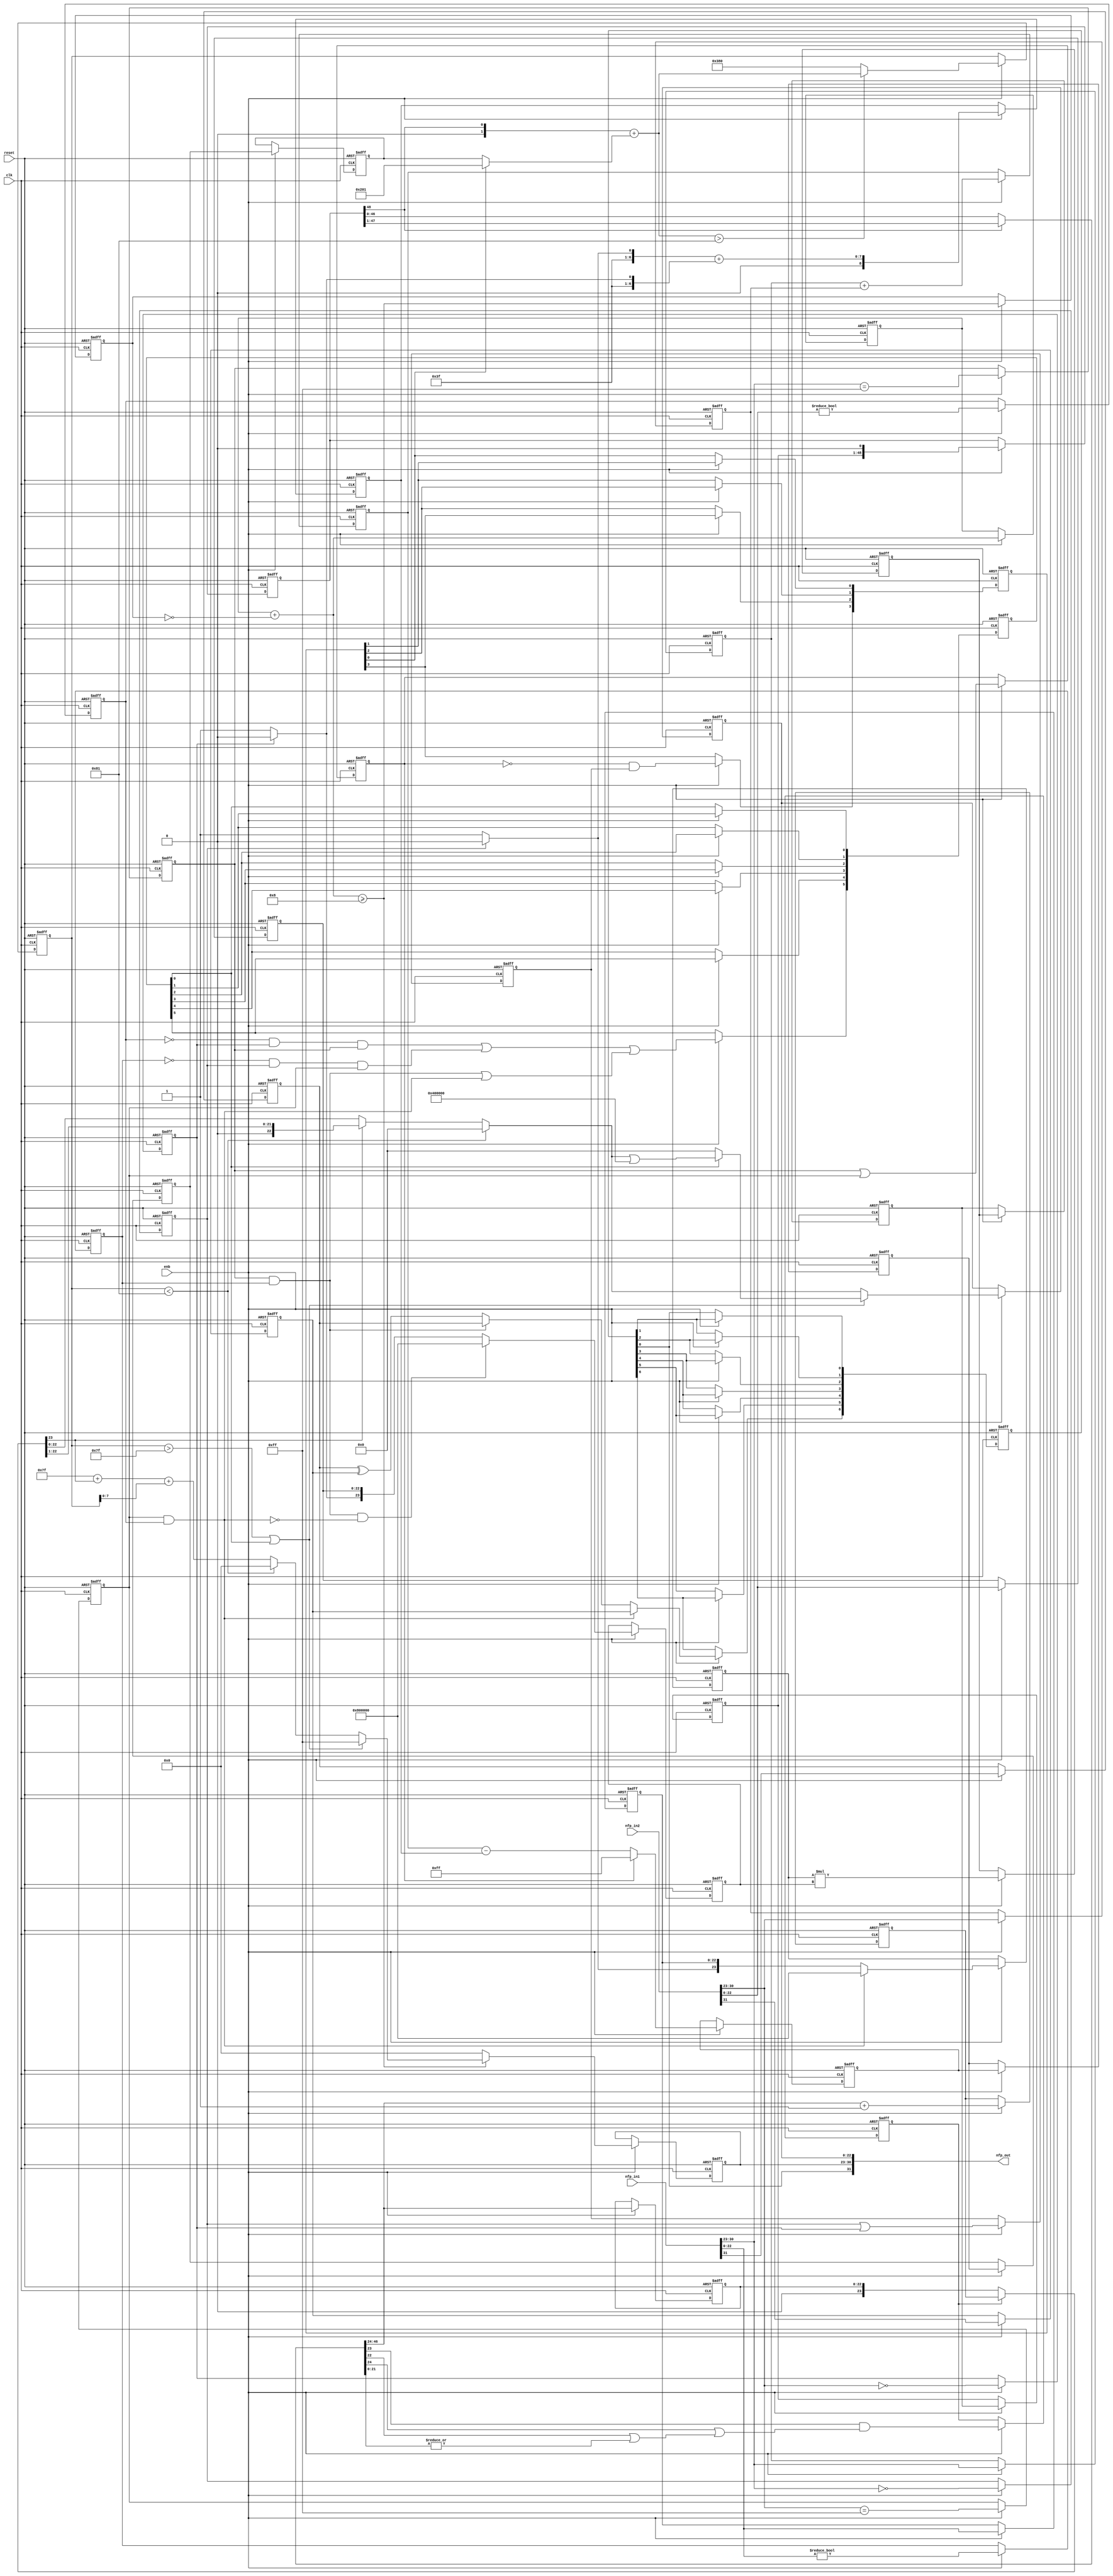
// -------------------------------------------------------------
// 
// 
// Generated by MATLAB 9.12 and HDL Coder 3.20
// 
// -------------------------------------------------------------


// -------------------------------------------------------------
// 
// Module: nfp_mul_single
// Source Path: lab2_floatp/comp_floatpoint/nfp_mul_single
// Hierarchy Level: 1
// 
// {Latency Strategy = "Max", Denormal Handling = "off"}
// {Mantissa Multiply Strategy = "FullMultiplier"}
// 
// -------------------------------------------------------------

`timescale 1 ns / 1 ns

module nfp_mul_single
          (clk,
           reset,
           enb,
           nfp_in1,
           nfp_in2,
           nfp_out);


  input   clk;
  input   reset;
  input   enb;
  input   [31:0] nfp_in1;  // ufix32
  input   [31:0] nfp_in2;  // ufix32
  output  [31:0] nfp_out;  // ufix32


  wire BS;  // ufix1
  wire [7:0] BE;  // ufix8
  wire [22:0] BM;  // ufix23
  wire Compare_To_Constant1_out1;
  reg  Delay16_out1;
  wire Compare_To_Zero3_out1;
  reg  Delay14_out1;
  wire Logical_Operator1_out1;
  wire AS;  // ufix1
  wire [7:0] AE;  // ufix8
  wire [22:0] AM;  // ufix23
  wire Compare_To_Constant_out1;
  reg  Delay21_out1;
  wire Compare_To_Zero2_out1;
  reg  Delay19_out1;
  wire Logical_Operator_out1;
  reg  Delay3_out1;
  reg  Delay7_out1;
  wire Logical_Operator_out1_1;
  wire Switch_out1;
  wire Switch1_out1;
  reg  [0:6] Delay_reg;  // ufix1 [7]
  wire [0:6] Delay_reg_next;  // ufix1 [7]
  wire Delay_out1;
  wire Constant8_out1;  // ufix1
  wire [7:0] Constant7_out1;  // uint8
  wire Relational_Operator_relop1;
  reg  Delay4_out1;
  wire Logical_Operator2_out1;
  wire Logical_Operator_out1_2;  // ufix1
  wire [7:0] Add_out1;  // uint8
  reg [7:0] Delay3_out1_1;  // uint8
  wire [7:0] Add_1;  // ufix8
  wire [7:0] Constant6_out1;  // uint8
  wire Compare_To_Zero_out1;
  reg  Delay23_out1;
  wire Constant1_out1;  // ufix1
  wire Constant_out1;  // ufix1
  wire Switch1_out1_1;  // ufix1
  reg [22:0] Delay6_out1;  // ufix23
  wire [23:0] Bit_Concat_out1;  // ufix24
  wire [23:0] Constant5_out1;  // ufix24
  wire [23:0] Switch_out1_1;  // ufix24
  reg [23:0] Delay2_out1;  // ufix24
  wire Logical_Operator3_out1;
  wire Compare_To_Zero1_out1;
  reg  Delay20_out1;
  wire Constant3_out1;  // ufix1
  wire Constant2_out1;  // ufix1
  wire Switch2_out1;  // ufix1
  wire Logical_Operator_out1_3;
  reg [22:0] Delay8_out1;  // ufix23
  wire [23:0] Bit_Concat1_out1;  // ufix24
  wire [23:0] Constant4_out1;  // ufix24
  wire [23:0] Switch3_out1;  // ufix24
  reg [23:0] Delay1_out1;  // ufix24
  wire [47:0] Product_out1;  // ufix48
  reg [47:0] Delay4_reg [0:2];  // ufix48 [3]
  wire [47:0] Delay4_reg_next [0:2];  // ufix48 [3]
  wire [47:0] Delay4_out1_1;  // ufix48
  wire Constant1_out1_1;
  wire [48:0] Bit_Concat_out1_1;  // ufix49
  reg [48:0] Delay3_out1_2;  // ufix49
  wire Bit_Slice1_out1;  // ufix1
  wire Logical_Operator1_out1_1;
  reg  Delay3_out1_3;
  wire Logical_Operator3_out1_1;
  wire Logical_Operator_out1_4;
  reg  Delay1_out1_1;
  wire Logical_Operator2_out1_1;
  reg  [0:3] Delay8_reg;  // ufix1 [4]
  wire [0:3] Delay8_reg_next;  // ufix1 [4]
  wire Delay8_out1_1;
  reg [7:0] Delay4_out1_2;  // uint8
  reg [7:0] Delay5_out1;  // uint8
  wire [31:0] Subtract_add_temp;  // ufix32
  wire [31:0] Subtract_1;  // ufix32
  wire [31:0] Subtract_2;  // ufix32
  wire [8:0] Subtract_out1;  // ufix9
  reg [8:0] Delay_out1_1;  // ufix9
  wire [6:0] Constant2_out1_1;  // ufix7
  wire Constant1_out1_2;
  wire Constant3_out1_1;
  wire Switch_out1_2;
  wire [7:0] Bit_Concat1_out1_1;  // uint8
  wire Switch1_out1_2;
  wire [7:0] Bit_Concat_out1_2;  // uint8
  wire [31:0] Add1_add_temp;  // ufix32
  wire [31:0] Add1_1;  // ufix32
  wire [31:0] Add1_2;  // ufix32
  wire [8:0] Add1_out1;  // ufix9
  reg [8:0] Delay2_out1_1;  // ufix9
  wire signed [31:0] Subtract2_sub_temp;  // sfix32
  wire signed [31:0] Subtract2_1;  // sfix32
  wire signed [31:0] Subtract2_2;  // sfix32
  wire signed [9:0] Subtract2_out1;  // sfix10
  wire signed [9:0] Constant4_out1_1;  // sfix10
  wire signed [9:0] Switch2_out1_1;  // sfix10
  reg signed [9:0] Delay4_reg_1 [0:3];  // sfix10 [4]
  wire signed [9:0] Delay4_reg_next_1 [0:3];  // sfix10 [4]
  wire signed [9:0] Delay4_out1_3;  // sfix10
  wire signed [9:0] Constant_out1_1;  // sfix10
  wire signed [9:0] Switch1_out1_3;  // sfix10
  wire signed [31:0] Add_add_temp;  // sfix32
  wire signed [31:0] Add_3;  // sfix32
  wire signed [31:0] Add_4;  // sfix32
  wire signed [9:0] Add_out1_1;  // sfix10
  wire Compare_To_Constant_out1_1;
  wire signed [9:0] Constant1_out1_3;  // sfix10
  wire signed [9:0] Switch2_out1_2;  // sfix10
  reg signed [9:0] Delay18_out1;  // sfix10
  wire Compare_To_Constant1_out1_1;
  wire Logical_Operator1_out1_2;
  wire Logical_Operator4_out1;
  wire Logical_Operator7_out1;
  wire Logical_Operator5_out1;
  wire Logical_Operator6_out1;
  wire Logical_Operator8_out1;
  wire Inf_Zero_out1;
  wire Logical_Operator2_out1_2;
  wire Logical_Operator10_out1;
  reg  [0:5] Delay13_reg;  // ufix1 [6]
  wire [0:5] Delay13_reg_next;  // ufix1 [6]
  wire Delay13_out1;
  wire Logical_Operator_out1_5;
  wire Compare_To_Constant_out1_2;
  wire [7:0] Constant1_out1_4;  // uint8
  wire [48:0] Bit_Shift_out1;  // ufix49
  wire [48:0] Switch_out1_3;  // ufix49
  wire [47:0] Bit_Slice_out1;  // ufix48
  wire [1:0] Bit_Slice2_out1;  // ufix2
  wire Bit_Slice4_out1;  // ufix1
  wire [21:0] Bit_Slice1_out1_1;  // ufix22
  wire Bit_Reduce_out1;  // ufix1
  wire Bit_Slice5_out1;  // ufix1
  wire Bit_Slice3_out1;  // ufix1
  wire Logical_Operator1_out1_3;
  wire Logical_Operator_out1_6;
  wire [22:0] Bit_Slice1_out1_2;  // ufix23
  reg  Delay1_out1_2;
  reg [22:0] Delay2_out1_2;  // ufix23
  wire [23:0] Delay2_out1_dtc;  // ufix24
  wire Constant_out1_2;
  wire [31:0] Add_add_temp_1;  // ufix32
  wire [31:0] Add_6;  // ufix32
  wire [31:0] Add_7;  // ufix32
  wire [23:0] Add_out1_2;  // ufix24
  reg [23:0] Delay_out1_2;  // ufix24
  wire [23:0] Switch_out1_4;  // ufix24
  wire Bit_Slice2_out1_1;  // ufix1
  wire [31:0] Add1_add_temp_1;  // ufix32
  wire [31:0] Add1_4;  // ufix32
  wire [31:0] Add1_5;  // ufix32
  wire [7:0] Add1_out1_1;  // uint8
  wire signed [31:0] Add_add_temp_2;  // sfix32
  wire signed [31:0] Add_9;  // sfix32
  wire signed [31:0] Add_10;  // sfix32
  wire [7:0] Add_out1_3;  // uint8
  wire [7:0] Constant1_out1_5;  // uint8
  wire [7:0] Switch1_out1_4;  // uint8
  wire [7:0] Constant4_out1_2;  // uint8
  wire [7:0] Switch4_out1;  // uint8
  wire [7:0] Switch6_out1;  // uint8
  reg [7:0] Delay1_out1_3;  // uint8
  wire [22:0] Bit_Slice4_out1_1;  // ufix23
  wire [22:0] Bit_Shift_out1_1;  // ufix23
  wire [22:0] Switch1_out1_5;  // ufix23
  wire [22:0] Constant2_out1_2;  // ufix23
  wire [22:0] Switch2_out1_3;  // ufix23
  wire [22:0] Constant5_out1_1;  // ufix23
  wire [22:0] Bit_Set_out1;  // ufix23
  wire [22:0] Switch7_out1;  // ufix23
  wire [22:0] Switch5_out1;  // ufix23
  reg [22:0] Delay2_out1_3;  // ufix23
  wire [31:0] nfp_out_pack;  // ufix32


  // Split 32 bit word into FP sign, exponent, mantissa
  assign BS = nfp_in2[31];
  assign BE = nfp_in2[30:23];
  assign BM = nfp_in2[22:0];



  assign Compare_To_Constant1_out1 = BE == 8'b11111111;



  always @(posedge clk or posedge reset)
    begin : Delay16_process
      if (reset == 1'b1) begin
        Delay16_out1 <= 1'b0;
      end
      else begin
        if (enb) begin
          Delay16_out1 <= Compare_To_Constant1_out1;
        end
      end
    end



  assign Compare_To_Zero3_out1 = BM != 23'b00000000000000000000000;



  always @(posedge clk or posedge reset)
    begin : Delay14_process
      if (reset == 1'b1) begin
        Delay14_out1 <= 1'b0;
      end
      else begin
        if (enb) begin
          Delay14_out1 <= Compare_To_Zero3_out1;
        end
      end
    end



  assign Logical_Operator1_out1 = Delay16_out1 & Delay14_out1;



  // Split 32 bit word into FP sign, exponent, mantissa
  assign AS = nfp_in1[31];
  assign AE = nfp_in1[30:23];
  assign AM = nfp_in1[22:0];



  assign Compare_To_Constant_out1 = AE == 8'b11111111;



  always @(posedge clk or posedge reset)
    begin : Delay21_process
      if (reset == 1'b1) begin
        Delay21_out1 <= 1'b0;
      end
      else begin
        if (enb) begin
          Delay21_out1 <= Compare_To_Constant_out1;
        end
      end
    end



  assign Compare_To_Zero2_out1 = AM != 23'b00000000000000000000000;



  always @(posedge clk or posedge reset)
    begin : Delay19_process
      if (reset == 1'b1) begin
        Delay19_out1 <= 1'b0;
      end
      else begin
        if (enb) begin
          Delay19_out1 <= Compare_To_Zero2_out1;
        end
      end
    end



  assign Logical_Operator_out1 = Delay21_out1 & Delay19_out1;



  always @(posedge clk or posedge reset)
    begin : Delay3_process
      if (reset == 1'b1) begin
        Delay3_out1 <= 1'b0;
      end
      else begin
        if (enb) begin
          Delay3_out1 <= AS;
        end
      end
    end



  always @(posedge clk or posedge reset)
    begin : Delay7_process
      if (reset == 1'b1) begin
        Delay7_out1 <= 1'b0;
      end
      else begin
        if (enb) begin
          Delay7_out1 <= BS;
        end
      end
    end



  assign Logical_Operator_out1_1 = Delay3_out1 ^ Delay7_out1;



  assign Switch_out1 = (Logical_Operator_out1 == 1'b0 ? Logical_Operator_out1_1 :
              Delay3_out1);



  assign Switch1_out1 = (Logical_Operator1_out1 == 1'b0 ? Switch_out1 :
              Delay7_out1);



  always @(posedge clk or posedge reset)
    begin : Delay_process
      if (reset == 1'b1) begin
        Delay_reg[0] <= 1'b0;
        Delay_reg[1] <= 1'b0;
        Delay_reg[2] <= 1'b0;
        Delay_reg[3] <= 1'b0;
        Delay_reg[4] <= 1'b0;
        Delay_reg[5] <= 1'b0;
        Delay_reg[6] <= 1'b0;
      end
      else begin
        if (enb) begin
          Delay_reg[0] <= Delay_reg_next[0];
          Delay_reg[1] <= Delay_reg_next[1];
          Delay_reg[2] <= Delay_reg_next[2];
          Delay_reg[3] <= Delay_reg_next[3];
          Delay_reg[4] <= Delay_reg_next[4];
          Delay_reg[5] <= Delay_reg_next[5];
          Delay_reg[6] <= Delay_reg_next[6];
        end
      end
    end

  assign Delay_out1 = Delay_reg[6];
  assign Delay_reg_next[0] = Switch1_out1;
  assign Delay_reg_next[1] = Delay_reg[0];
  assign Delay_reg_next[2] = Delay_reg[1];
  assign Delay_reg_next[3] = Delay_reg[2];
  assign Delay_reg_next[4] = Delay_reg[3];
  assign Delay_reg_next[5] = Delay_reg[4];
  assign Delay_reg_next[6] = Delay_reg[5];



  assign Constant8_out1 = 1'b1;



  assign Constant7_out1 = 8'b00001000;



  always @(posedge clk or posedge reset)
    begin : Delay4_process
      if (reset == 1'b1) begin
        Delay4_out1 <= 1'b0;
      end
      else begin
        if (enb) begin
          Delay4_out1 <= Relational_Operator_relop1;
        end
      end
    end



  assign Logical_Operator2_out1 =  ~ Delay4_out1;



  assign Logical_Operator_out1_2 = Constant8_out1 & Logical_Operator2_out1;



  always @(posedge clk or posedge reset)
    begin : Delay3_1_process
      if (reset == 1'b1) begin
        Delay3_out1_1 <= 8'b00000000;
      end
      else begin
        if (enb) begin
          Delay3_out1_1 <= Add_out1;
        end
      end
    end



  assign Add_1 = {7'b0, Logical_Operator_out1_2};
  assign Add_out1 = Delay3_out1_1 + Add_1;



  assign Relational_Operator_relop1 = Add_out1 >= Constant7_out1;



  assign Constant6_out1 = 8'b00000000;



  assign Compare_To_Zero_out1 = AE == 8'b00000000;



  always @(posedge clk or posedge reset)
    begin : Delay23_process
      if (reset == 1'b1) begin
        Delay23_out1 <= 1'b0;
      end
      else begin
        if (enb) begin
          Delay23_out1 <= Compare_To_Zero_out1;
        end
      end
    end



  assign Constant1_out1 = 1'b1;



  assign Constant_out1 = 1'b0;



  assign Switch1_out1_1 = (Delay23_out1 == 1'b0 ? Constant1_out1 :
              Constant_out1);



  always @(posedge clk or posedge reset)
    begin : Delay6_process
      if (reset == 1'b1) begin
        Delay6_out1 <= 23'b00000000000000000000000;
      end
      else begin
        if (enb) begin
          Delay6_out1 <= AM;
        end
      end
    end



  assign Bit_Concat_out1 = {Switch1_out1_1, Delay6_out1};



  assign Constant5_out1 = 24'b100000000000000000000000;



  assign Switch_out1_1 = (Logical_Operator1_out1 == 1'b0 ? Bit_Concat_out1 :
              Constant5_out1);



  always @(posedge clk or posedge reset)
    begin : Delay2_process
      if (reset == 1'b1) begin
        Delay2_out1 <= 24'b000000000000000000000000;
      end
      else begin
        if (enb) begin
          Delay2_out1 <= Switch_out1_1;
        end
      end
    end



  assign Logical_Operator3_out1 =  ~ Logical_Operator1_out1;



  assign Compare_To_Zero1_out1 = BE == 8'b00000000;



  always @(posedge clk or posedge reset)
    begin : Delay20_process
      if (reset == 1'b1) begin
        Delay20_out1 <= 1'b0;
      end
      else begin
        if (enb) begin
          Delay20_out1 <= Compare_To_Zero1_out1;
        end
      end
    end



  assign Constant3_out1 = 1'b1;



  assign Constant2_out1 = 1'b0;



  assign Switch2_out1 = (Delay20_out1 == 1'b0 ? Constant3_out1 :
              Constant2_out1);



  assign Logical_Operator_out1_3 = Logical_Operator_out1 & Logical_Operator3_out1;



  always @(posedge clk or posedge reset)
    begin : Delay8_process
      if (reset == 1'b1) begin
        Delay8_out1 <= 23'b00000000000000000000000;
      end
      else begin
        if (enb) begin
          Delay8_out1 <= BM;
        end
      end
    end



  assign Bit_Concat1_out1 = {Switch2_out1, Delay8_out1};



  assign Constant4_out1 = 24'b100000000000000000000000;



  assign Switch3_out1 = (Logical_Operator_out1_3 == 1'b0 ? Bit_Concat1_out1 :
              Constant4_out1);



  always @(posedge clk or posedge reset)
    begin : Delay1_process
      if (reset == 1'b1) begin
        Delay1_out1 <= 24'b000000000000000000000000;
      end
      else begin
        if (enb) begin
          Delay1_out1 <= Switch3_out1;
        end
      end
    end



  assign Product_out1 = Delay2_out1 * Delay1_out1;



  always @(posedge clk or posedge reset)
    begin : Delay4_1_process
      if (reset == 1'b1) begin
        Delay4_reg[0] <= 48'h000000000000;
        Delay4_reg[1] <= 48'h000000000000;
        Delay4_reg[2] <= 48'h000000000000;
      end
      else begin
        if (enb) begin
          Delay4_reg[0] <= Delay4_reg_next[0];
          Delay4_reg[1] <= Delay4_reg_next[1];
          Delay4_reg[2] <= Delay4_reg_next[2];
        end
      end
    end

  assign Delay4_out1_1 = Delay4_reg[2];
  assign Delay4_reg_next[0] = Product_out1;
  assign Delay4_reg_next[1] = Delay4_reg[0];
  assign Delay4_reg_next[2] = Delay4_reg[1];



  assign Constant1_out1_1 = 1'b0;



  assign Bit_Concat_out1_1 = {Delay4_out1_1, Constant1_out1_1};



  always @(posedge clk or posedge reset)
    begin : Delay3_2_process
      if (reset == 1'b1) begin
        Delay3_out1_2 <= 49'h0000000000000;
      end
      else begin
        if (enb) begin
          Delay3_out1_2 <= Bit_Concat_out1_1;
        end
      end
    end



  assign Bit_Slice1_out1 = Delay3_out1_2[48];



  assign Logical_Operator1_out1_1 = Delay21_out1 | Delay16_out1;



  always @(posedge clk or posedge reset)
    begin : Delay3_3_process
      if (reset == 1'b1) begin
        Delay3_out1_3 <= 1'b0;
      end
      else begin
        if (enb) begin
          Delay3_out1_3 <= Logical_Operator1_out1_1;
        end
      end
    end



  assign Logical_Operator3_out1_1 =  ~ Delay3_out1_3;



  assign Logical_Operator_out1_4 = Delay23_out1 | Delay20_out1;



  always @(posedge clk or posedge reset)
    begin : Delay1_1_process
      if (reset == 1'b1) begin
        Delay1_out1_1 <= 1'b0;
      end
      else begin
        if (enb) begin
          Delay1_out1_1 <= Logical_Operator_out1_4;
        end
      end
    end



  assign Logical_Operator2_out1_1 = Logical_Operator3_out1_1 & Delay1_out1_1;



  always @(posedge clk or posedge reset)
    begin : Delay8_1_process
      if (reset == 1'b1) begin
        Delay8_reg[0] <= 1'b0;
        Delay8_reg[1] <= 1'b0;
        Delay8_reg[2] <= 1'b0;
        Delay8_reg[3] <= 1'b0;
      end
      else begin
        if (enb) begin
          Delay8_reg[0] <= Delay8_reg_next[0];
          Delay8_reg[1] <= Delay8_reg_next[1];
          Delay8_reg[2] <= Delay8_reg_next[2];
          Delay8_reg[3] <= Delay8_reg_next[3];
        end
      end
    end

  assign Delay8_out1_1 = Delay8_reg[3];
  assign Delay8_reg_next[0] = Logical_Operator2_out1_1;
  assign Delay8_reg_next[1] = Delay8_reg[0];
  assign Delay8_reg_next[2] = Delay8_reg[1];
  assign Delay8_reg_next[3] = Delay8_reg[2];



  always @(posedge clk or posedge reset)
    begin : Delay4_2_process
      if (reset == 1'b1) begin
        Delay4_out1_2 <= 8'b00000000;
      end
      else begin
        if (enb) begin
          Delay4_out1_2 <= AE;
        end
      end
    end



  always @(posedge clk or posedge reset)
    begin : Delay5_process
      if (reset == 1'b1) begin
        Delay5_out1 <= 8'b00000000;
      end
      else begin
        if (enb) begin
          Delay5_out1 <= BE;
        end
      end
    end



  assign Subtract_1 = {24'b0, Delay4_out1_2};
  assign Subtract_2 = {24'b0, Delay5_out1};
  assign Subtract_add_temp = Subtract_1 + Subtract_2;
  assign Subtract_out1 = Subtract_add_temp[8:0];



  always @(posedge clk or posedge reset)
    begin : Delay_1_process
      if (reset == 1'b1) begin
        Delay_out1_1 <= 9'b000000000;
      end
      else begin
        if (enb) begin
          Delay_out1_1 <= Subtract_out1;
        end
      end
    end



  assign Constant2_out1_1 = 7'b0111111;



  assign Constant1_out1_2 = 1'b1;



  assign Constant3_out1_1 = 1'b0;



  assign Switch_out1_2 = (Delay23_out1 == 1'b0 ? Constant1_out1_2 :
              Constant3_out1_1);



  assign Bit_Concat1_out1_1 = {Constant2_out1_1, Switch_out1_2};



  assign Switch1_out1_2 = (Delay20_out1 == 1'b0 ? Constant1_out1_2 :
              Constant3_out1_1);



  assign Bit_Concat_out1_2 = {Constant2_out1_1, Switch1_out1_2};



  assign Add1_1 = {24'b0, Bit_Concat1_out1_1};
  assign Add1_2 = {24'b0, Bit_Concat_out1_2};
  assign Add1_add_temp = Add1_1 + Add1_2;
  assign Add1_out1 = Add1_add_temp[8:0];



  always @(posedge clk or posedge reset)
    begin : Delay2_1_process
      if (reset == 1'b1) begin
        Delay2_out1_1 <= 9'b000000000;
      end
      else begin
        if (enb) begin
          Delay2_out1_1 <= Add1_out1;
        end
      end
    end



  assign Subtract2_1 = {23'b0, Delay_out1_1};
  assign Subtract2_2 = {23'b0, Delay2_out1_1};
  assign Subtract2_sub_temp = Subtract2_1 - Subtract2_2;
  assign Subtract2_out1 = Subtract2_sub_temp[9:0];



  assign Constant4_out1_1 = 10'sb0011111111;



  assign Switch2_out1_1 = (Delay3_out1_3 == 1'b0 ? Subtract2_out1 :
              Constant4_out1_1);



  always @(posedge clk or posedge reset)
    begin : Delay4_3_process
      if (reset == 1'b1) begin
        Delay4_reg_1[0] <= 10'sb0000000000;
        Delay4_reg_1[1] <= 10'sb0000000000;
        Delay4_reg_1[2] <= 10'sb0000000000;
        Delay4_reg_1[3] <= 10'sb0000000000;
      end
      else begin
        if (enb) begin
          Delay4_reg_1[0] <= Delay4_reg_next_1[0];
          Delay4_reg_1[1] <= Delay4_reg_next_1[1];
          Delay4_reg_1[2] <= Delay4_reg_next_1[2];
          Delay4_reg_1[3] <= Delay4_reg_next_1[3];
        end
      end
    end

  assign Delay4_out1_3 = Delay4_reg_1[3];
  assign Delay4_reg_next_1[0] = Switch2_out1_1;
  assign Delay4_reg_next_1[1] = Delay4_reg_1[0];
  assign Delay4_reg_next_1[2] = Delay4_reg_1[1];
  assign Delay4_reg_next_1[3] = Delay4_reg_1[2];



  assign Constant_out1_1 = 10'sb1000000001;



  assign Switch1_out1_3 = (Delay8_out1_1 == 1'b0 ? Delay4_out1_3 :
              Constant_out1_1);



  assign Add_3 = {31'b0, Bit_Slice1_out1};
  assign Add_4 = {{22{Switch1_out1_3[9]}}, Switch1_out1_3};
  assign Add_add_temp = Add_3 + Add_4;
  assign Add_out1_1 = Add_add_temp[9:0];



  assign Compare_To_Constant_out1_1 = Add_out1_1 > 10'sb1110000001;



  assign Constant1_out1_3 = 10'sb1110000000;



  assign Switch2_out1_2 = (Compare_To_Constant_out1_1 == 1'b0 ? Constant1_out1_3 :
              Add_out1_1);



  always @(posedge clk or posedge reset)
    begin : Delay18_process
      if (reset == 1'b1) begin
        Delay18_out1 <= 10'sb0000000000;
      end
      else begin
        if (enb) begin
          Delay18_out1 <= Switch2_out1_2;
        end
      end
    end



  assign Compare_To_Constant1_out1_1 = Delay18_out1 > 10'sb0001111111;



  assign Logical_Operator1_out1_2 =  ~ Delay14_out1;



  assign Logical_Operator4_out1 = Logical_Operator1_out1_2 & Delay20_out1;



  assign Logical_Operator7_out1 = Logical_Operator4_out1 & Delay21_out1;



  assign Logical_Operator5_out1 =  ~ Delay19_out1;



  assign Logical_Operator6_out1 = Logical_Operator5_out1 & Delay23_out1;



  assign Logical_Operator8_out1 = Logical_Operator6_out1 & Delay16_out1;



  assign Inf_Zero_out1 = Logical_Operator7_out1 | Logical_Operator8_out1;



  assign Logical_Operator2_out1_2 = Logical_Operator_out1 | Logical_Operator1_out1;



  assign Logical_Operator10_out1 = Inf_Zero_out1 | Logical_Operator2_out1_2;



  always @(posedge clk or posedge reset)
    begin : Delay13_process
      if (reset == 1'b1) begin
        Delay13_reg[0] <= 1'b0;
        Delay13_reg[1] <= 1'b0;
        Delay13_reg[2] <= 1'b0;
        Delay13_reg[3] <= 1'b0;
        Delay13_reg[4] <= 1'b0;
        Delay13_reg[5] <= 1'b0;
      end
      else begin
        if (enb) begin
          Delay13_reg[0] <= Delay13_reg_next[0];
          Delay13_reg[1] <= Delay13_reg_next[1];
          Delay13_reg[2] <= Delay13_reg_next[2];
          Delay13_reg[3] <= Delay13_reg_next[3];
          Delay13_reg[4] <= Delay13_reg_next[4];
          Delay13_reg[5] <= Delay13_reg_next[5];
        end
      end
    end

  assign Delay13_out1 = Delay13_reg[5];
  assign Delay13_reg_next[0] = Logical_Operator10_out1;
  assign Delay13_reg_next[1] = Delay13_reg[0];
  assign Delay13_reg_next[2] = Delay13_reg[1];
  assign Delay13_reg_next[3] = Delay13_reg[2];
  assign Delay13_reg_next[4] = Delay13_reg[3];
  assign Delay13_reg_next[5] = Delay13_reg[4];



  assign Logical_Operator_out1_5 = Compare_To_Constant1_out1_1 | Delay13_out1;



  assign Compare_To_Constant_out1_2 = Delay18_out1 < 10'sb1110000001;



  assign Constant1_out1_4 = 8'b01111111;



  assign Bit_Shift_out1 = Delay3_out1_2 >> 8'd1;



  assign Switch_out1_3 = (Bit_Slice1_out1 == 1'b0 ? Delay3_out1_2 :
              Bit_Shift_out1);



  assign Bit_Slice_out1 = Switch_out1_3[47:0];



  assign Bit_Slice2_out1 = Bit_Slice_out1[23:22];



  assign Bit_Slice4_out1 = Bit_Slice2_out1[0];



  assign Bit_Slice1_out1_1 = Bit_Slice_out1[21:0];



  assign Bit_Reduce_out1 = (|Bit_Slice1_out1_1[21:0]);



  assign Bit_Slice5_out1 = Bit_Slice2_out1[1];



  assign Bit_Slice3_out1 = Bit_Slice_out1[24];



  assign Logical_Operator1_out1_3 = Bit_Slice3_out1 | (Bit_Slice4_out1 | Bit_Reduce_out1);



  assign Logical_Operator_out1_6 = Bit_Slice5_out1 & Logical_Operator1_out1_3;



  assign Bit_Slice1_out1_2 = Bit_Slice_out1[46:24];



  always @(posedge clk or posedge reset)
    begin : Delay1_2_process
      if (reset == 1'b1) begin
        Delay1_out1_2 <= 1'b0;
      end
      else begin
        if (enb) begin
          Delay1_out1_2 <= Logical_Operator_out1_6;
        end
      end
    end



  always @(posedge clk or posedge reset)
    begin : Delay2_2_process
      if (reset == 1'b1) begin
        Delay2_out1_2 <= 23'b00000000000000000000000;
      end
      else begin
        if (enb) begin
          Delay2_out1_2 <= Bit_Slice1_out1_2;
        end
      end
    end



  assign Delay2_out1_dtc = {1'b0, Delay2_out1_2};



  assign Constant_out1_2 = 1'b1;



  assign Add_6 = {9'b0, Bit_Slice1_out1_2};
  assign Add_7 = {31'b0, Constant_out1_2};
  assign Add_add_temp_1 = Add_6 + Add_7;
  assign Add_out1_2 = Add_add_temp_1[23:0];



  always @(posedge clk or posedge reset)
    begin : Delay_2_process
      if (reset == 1'b1) begin
        Delay_out1_2 <= 24'b000000000000000000000000;
      end
      else begin
        if (enb) begin
          Delay_out1_2 <= Add_out1_2;
        end
      end
    end



  assign Switch_out1_4 = (Delay1_out1_2 == 1'b0 ? Delay2_out1_dtc :
              Delay_out1_2);



  assign Bit_Slice2_out1_1 = Switch_out1_4[23];



  assign Add1_4 = {24'b0, Constant1_out1_4};
  assign Add1_5 = {31'b0, Bit_Slice2_out1_1};
  assign Add1_add_temp_1 = Add1_4 + Add1_5;
  assign Add1_out1_1 = Add1_add_temp_1[7:0];



  assign Add_9 = {24'b0, Add1_out1_1};
  assign Add_10 = {{22{Delay18_out1[9]}}, Delay18_out1};
  assign Add_add_temp_2 = Add_9 + Add_10;
  assign Add_out1_3 = Add_add_temp_2[7:0];



  assign Constant1_out1_5 = 8'b00000000;



  assign Switch1_out1_4 = (Compare_To_Constant_out1_2 == 1'b0 ? Add_out1_3 :
              Constant1_out1_5);



  assign Constant4_out1_2 = 8'b11111111;



  assign Switch4_out1 = (Logical_Operator_out1_5 == 1'b0 ? Switch1_out1_4 :
              Constant4_out1_2);



  assign Switch6_out1 = (Relational_Operator_relop1 == 1'b0 ? Constant6_out1 :
              Switch4_out1);



  always @(posedge clk or posedge reset)
    begin : Delay1_3_process
      if (reset == 1'b1) begin
        Delay1_out1_3 <= 8'b00000000;
      end
      else begin
        if (enb) begin
          Delay1_out1_3 <= Switch6_out1;
        end
      end
    end



  assign Bit_Slice4_out1_1 = Switch_out1_4[22:0];



  assign Bit_Shift_out1_1 = Bit_Slice4_out1_1 >> 8'd1;



  assign Switch1_out1_5 = (Bit_Slice2_out1_1 == 1'b0 ? Bit_Slice4_out1_1 :
              Bit_Shift_out1_1);



  assign Constant2_out1_2 = 23'b00000000000000000000000;



  assign Switch2_out1_3 = (Compare_To_Constant_out1_2 == 1'b0 ? Switch1_out1_5 :
              Constant2_out1_2);



  assign Constant5_out1_1 = 23'b00000000000000000000000;



  assign Bit_Set_out1 = Switch2_out1_3 | 23'b10000000000000000000000;



  assign Switch7_out1 = (Delay13_out1 == 1'b0 ? Constant5_out1_1 :
              Bit_Set_out1);



  assign Switch5_out1 = (Logical_Operator_out1_5 == 1'b0 ? Switch2_out1_3 :
              Switch7_out1);



  always @(posedge clk or posedge reset)
    begin : Delay2_3_process
      if (reset == 1'b1) begin
        Delay2_out1_3 <= 23'b00000000000000000000000;
      end
      else begin
        if (enb) begin
          Delay2_out1_3 <= Switch5_out1;
        end
      end
    end



  // Combine FP sign, exponent, mantissa into 32 bit word
  assign nfp_out_pack = {Delay_out1, Delay1_out1_3, Delay2_out1_3};



  assign nfp_out = nfp_out_pack;

endmodule  // nfp_mul_single